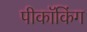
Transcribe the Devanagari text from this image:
पीकॉकिंग